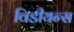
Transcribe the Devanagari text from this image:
विडीयन्स